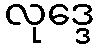
လုဒ္ဒေ